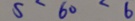
5 ^ { - } 6 0 ^ { - } 6